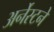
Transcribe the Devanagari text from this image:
अर्नेस्टने